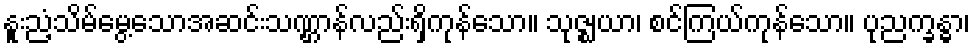
နူးညံ့သိမ်မွေ့သောအဆင်းသဏ္ဌာန်လည်းရှိကုန်သော။ သုဇ္ဈယာ၊ စင်ကြယ်ကုန်သော။ ပုညက္ခန္ဓာ၊